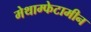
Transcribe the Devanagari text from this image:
मेथाम्फेटामीन